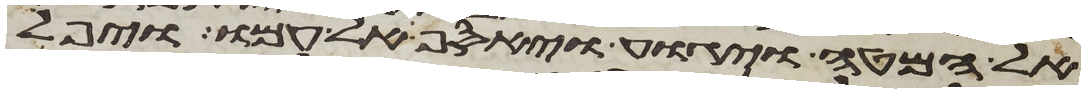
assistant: אל המטה ויגוע ויאסף אל עמו ויפל